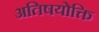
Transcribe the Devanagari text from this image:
अतिषयोक्ति